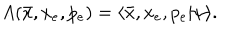
LaTeX: A ( \bar { x } , x _ { e } , p _ { e } ) = \langle \bar { x } , x _ { e } , p _ { e } | \psi \rangle .